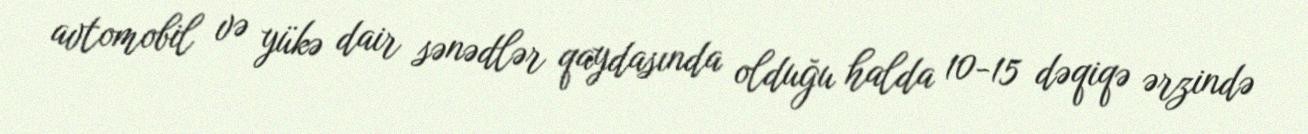
avtomobil və yükə dair sənədlər qaydasında olduğu halda 10-15 dəqiqə ərzində